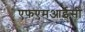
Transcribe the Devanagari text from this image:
एफएमआईसी